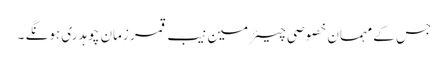
جس کے مہمان خصوصی چیئرمین نیب قمر زمان چوہدری ہونگے ۔